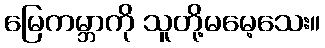
မြေကမ္ဘာကို သူတို့မမေ့သေး။